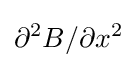
\partial ^{2}B/\partial x^{2}